Materia medica of Madras volume I
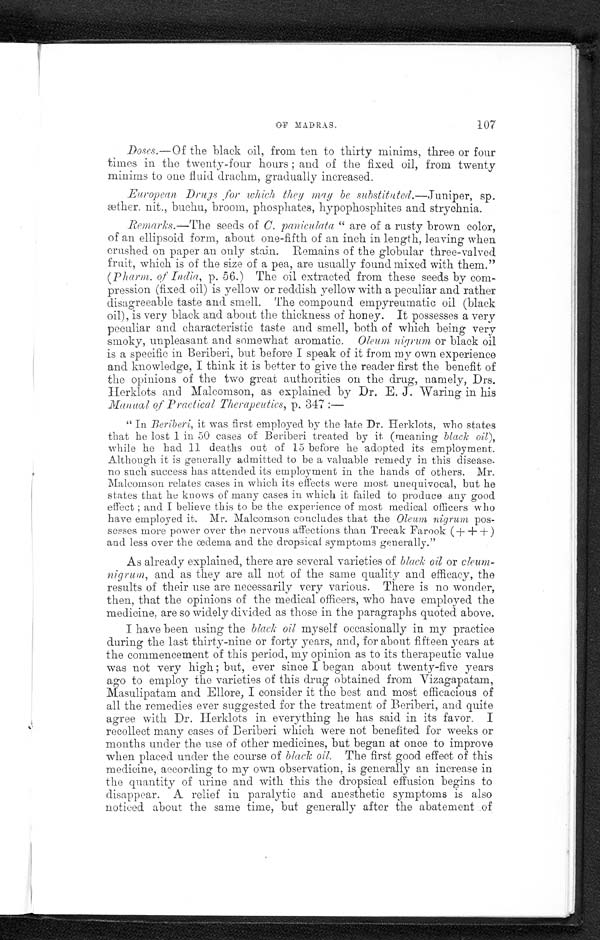
OF MADRAS .
107
Doses.— Of the black oil, from ten to thirty minims, three or four
times in the twenty-four hours ; and of the fixed oil, from twenty
minims to one fluid drachm, gradually increased.
European Drugs , for which they may be substituted.—Juniper, sp.
æther. nit., buchu, broom, phosphates, hypophosphites and strychnia.
Remarks.—The seeds of C. paniculata " are of a rusty brown color,
of an ellipsoid form, about one-fifth of an inch in length, leaving when
crushed on paper an only stain. Remains of the globular three-valved
fruit, which is of the size of a pea, are usually found mixed with them."
( Pharm. of India, p. 56.) The oil extracted from these seeds by com
-
pression (fixed oil) is yellow or reddish yellow with a peculiar and rather
disagreeable taste and smell. The compound empyreumatic oil (black
oil), is very black and about the thickness of honey. It possesses a very
peculiar and characteristic taste and smell, both of which being very
smoky, unpleasant and somewhat aromatic. Oleum nigrum or black oil
is a specific in Beriberi, but before I speak of it from. my own experience
and knowledge, I think it is better to give the reader first the benefit of
the opinions of the two great authorities on the drug, namely, Drs.
Herklots and Malcomson, as explained by Dr. E. J. Waring in his
Manual of Practical Therapeutics, p. 347 : —
" In Beriberi, it was first employed by the late Dr. Herklots, who states
that he lost 1 in 50 cases of Beriberi treated by it (meaning black oil ),
while he had 11 deaths out of 15 before he adopted its employment.
Although it is generally admitted to be a valuable remedy in this disease.
no such success has attended its employment in the hands of others. Mr.
Malcomson relates cases in which its effects were most unequivocal, but he
states that he knows of many cases in which it failed to produce any good
effect ; and I believe this to be the experience of most medical officers who
have employed it. Mr. Malcomson concludes that the Oleum nigrum pos
-
sesses more power over the nervous affections than Treeak Farook (+ + +)
and less over the œdema and the dropsical symptoms generally."
As already explained, there are several varieties of black oil or cleum-
nigrum, and as they are all not of the same quality and efficacy, the
results of their use are necessarily very various. There is no wonder,
then, that the opinions of the medical officers, who have employed the
medicine, are so widely divided as those in the paragraphs quoted above.
I have been using the black oil myself occasionally in my practice
during the last thirty-nine or forty years, and, for about fifteen years at
the commencement of this period, my opinion as to its therapeutic value
was not very high ; but, ever since I began about twenty-five years
ago to employ the varieties of this drug obtained from Vizagapatam,
Masulipatam and Ellore, I consider it the best and most efficacious of
all the remedies ever suggested for the treatment of Beriberi, and quite
agree with Dr. Herklots in everything he has said in its favor. I
recollect many cases of Beriberi which were not benefited for weeks or
months under the use of other medicines, but began at once to improve
when placed under the course of black oil. The first good effect of this
medicine, according to my own observation, is generally an increase in
the quantity of urine and with this the dropsical effusion begins to
disappear. A relief in paralytic and anesthetic symptoms is also
noticed about the same time, but generally after the abatement of